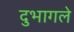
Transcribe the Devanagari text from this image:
दुभागले